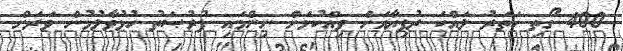
400 ގޯތި ހަތަރު ލައްކަ ރުފިޔާއަށް ވިއްކުމަށް ނިންމައި ފުރުޞަތު ހުޅުވާލުމުން ވަރަށް